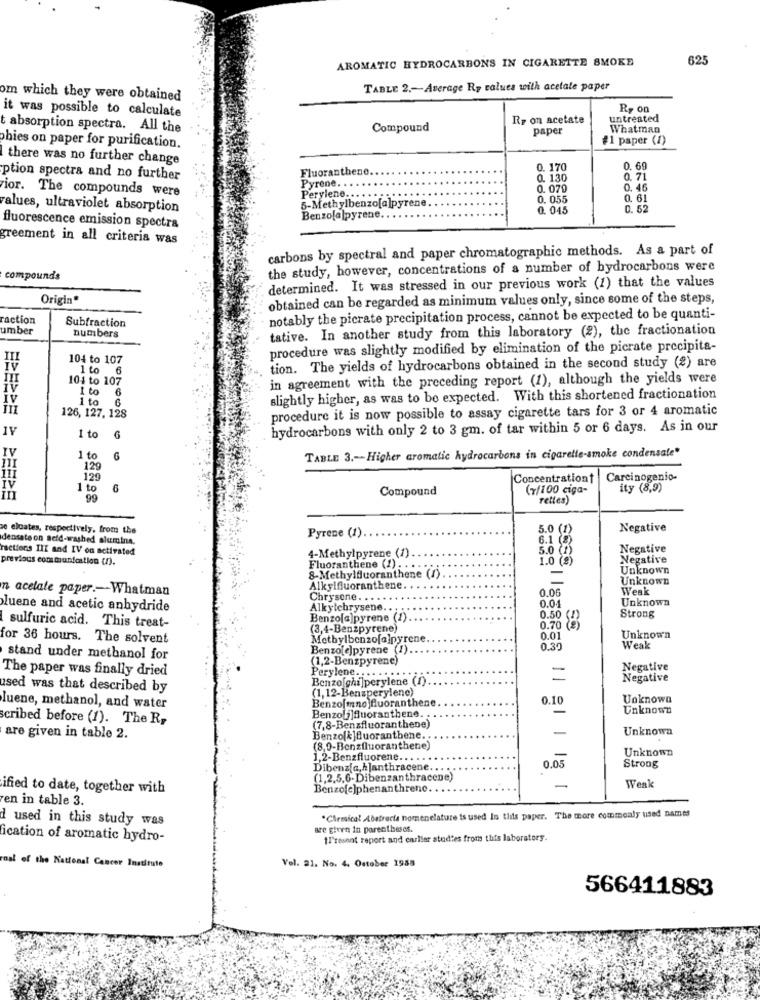
AROMATIC HYDROCARBONS IN CIGARETTE SMOKE
625
TABLE 2 .- Average Ry calues with acetate paper
om which they were obtained
it was possible to calculate
R, on
Rp on acetate
untreated
t absorption spectra. All the
Compound
paper
Whatman
#1 paper (1)
phies on paper for purification.
there was no further change
Fluoranthene.
0. 170
0. 69
ption spectra and no further
0. 130
0,71
ior. The compounds were
Pyrene. ..
Perylene ...
0. 070
0. 46
0. 055
0. 61
values, ultraviolet absorption
5-Methylbenzo[a]pyrene
0. 045
Benzolalpyrene.
fluorescence emission spectra
greement in all criteris was
carbons by spectral and paper chromatographic methods. As a part of
the study, however, concentrations of a number of bydrocarbons were
compounds
determined. It was stressed in our previous work (1) that the values
Origin*
obtained can be regarded as minimum values only, since some of the steps,
raction
Subfraction
notably the picrate precipitation process, cannot be expected to be quanti-
umber
tative. In another study from this laboratory (2), the fractionation
numbers
procedure was slightly modified by elimination of the picrate precipita-
104 to 107
1 to
6
tion. The yields of hydrocarbons obtained in the second study (2) are
101 to 107
in agreement with the preceding report (1), although the yields were
1 to
6
IV
1 to
slightly higher, as was to be expected. With this shortened fractionation
126, 127, 128
procedure it is now possible to assay cigarette tars for 3 or 4 aromatic
1V
hydrocarbons with only 2 to 3 gm. of tar within 5 or 6 days. As in our
1 to
IV
1 to
6
TABLE 3 .-- Higher aromatic hydrocarbons in cigarette-smoke condensate*
129
111
129
Concentrationt
Carcinogenio-
1 to
Compound
(7/100 ciga-
ity (8,9)
99
rettes)
se elcates, respectively, from the
Pyrene (1).
5.0 (
Negative
densate on sefd-washed alumina.
6.1 (B)
ractions III and IV on activated
4-Methylpyrene (1)
Negative
previous communication (f).
1.0 (g)
Negative
Fluoranthene (2) ....
Unknown
8-Methylfluoranthene (1)
-
Unknown
n acetate paper .-- Whatman
Alkylfluoranthene.
0.00
Weak
Chrysene.
0.0
Unknown
luene and acetic anhydride
Alkytehrysene ...
Benzo[a]pyrene (1)
Strong
I sulfuric acid. This treat-
(3,4-Benzpyrene)
0.70 (8
for 36 hours. The solvent
Methylbenzof@ pyrene
0.01
Unknown
Benzo[e]pyrene (1)
0.30
Weak
stand under methanol for
(1.2-Benzpyrene)
The paper was finally dried
Perylene ...... ..
Negative
Benzo[ghi]perylene (1).
Negative
used was that described by
(1,12-Benzperylene)
Benzo[mno fluoranthene
0.10
Unknown
luene, methanol, and water
Benzoli]fluoranthene.
-
Unknown
scribed before (1). The R,
(7,8-Benzfluoranthene)
-
Unknown
are given in table 2.
Benzolk ]Quorantbene ..
(8,0-Benzfluoranthene)
Unknown
1.2-Benzfluorene ...
Dibenzia,h]anthracene ....
Strong
(1,2,5,6-Dibenzanthracene)
ified to date, together with
Benzo[c]phenanthrene.
-
Weak
en in table 3.
d used in this study was
*Chemical Abstracts nomenclature is used In this paper. The more commonly used names
are given in parentheses.
ication of aromatic hydro-
1Prosent report and carlier studies from this laboratory.
Vel. 21. No. 4. October 1988
mnal of the National Cancer Institute
566411883